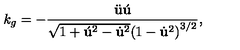
k _ { g } = - \frac { \ddot { \bf u } \acute { \bf u } } { \sqrt { 1 + { \acute { \bf u } } ^ { 2 } - { \dot { \bf u } } ^ { 2 } } { ( 1 - { \dot { \bf u } } ^ { 2 } ) } ^ { 3 / 2 } } ,